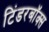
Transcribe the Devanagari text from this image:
टिंडरबॉक्स